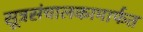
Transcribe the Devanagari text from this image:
सूत्रसंचालकामार्फत